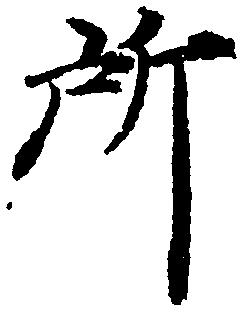
所